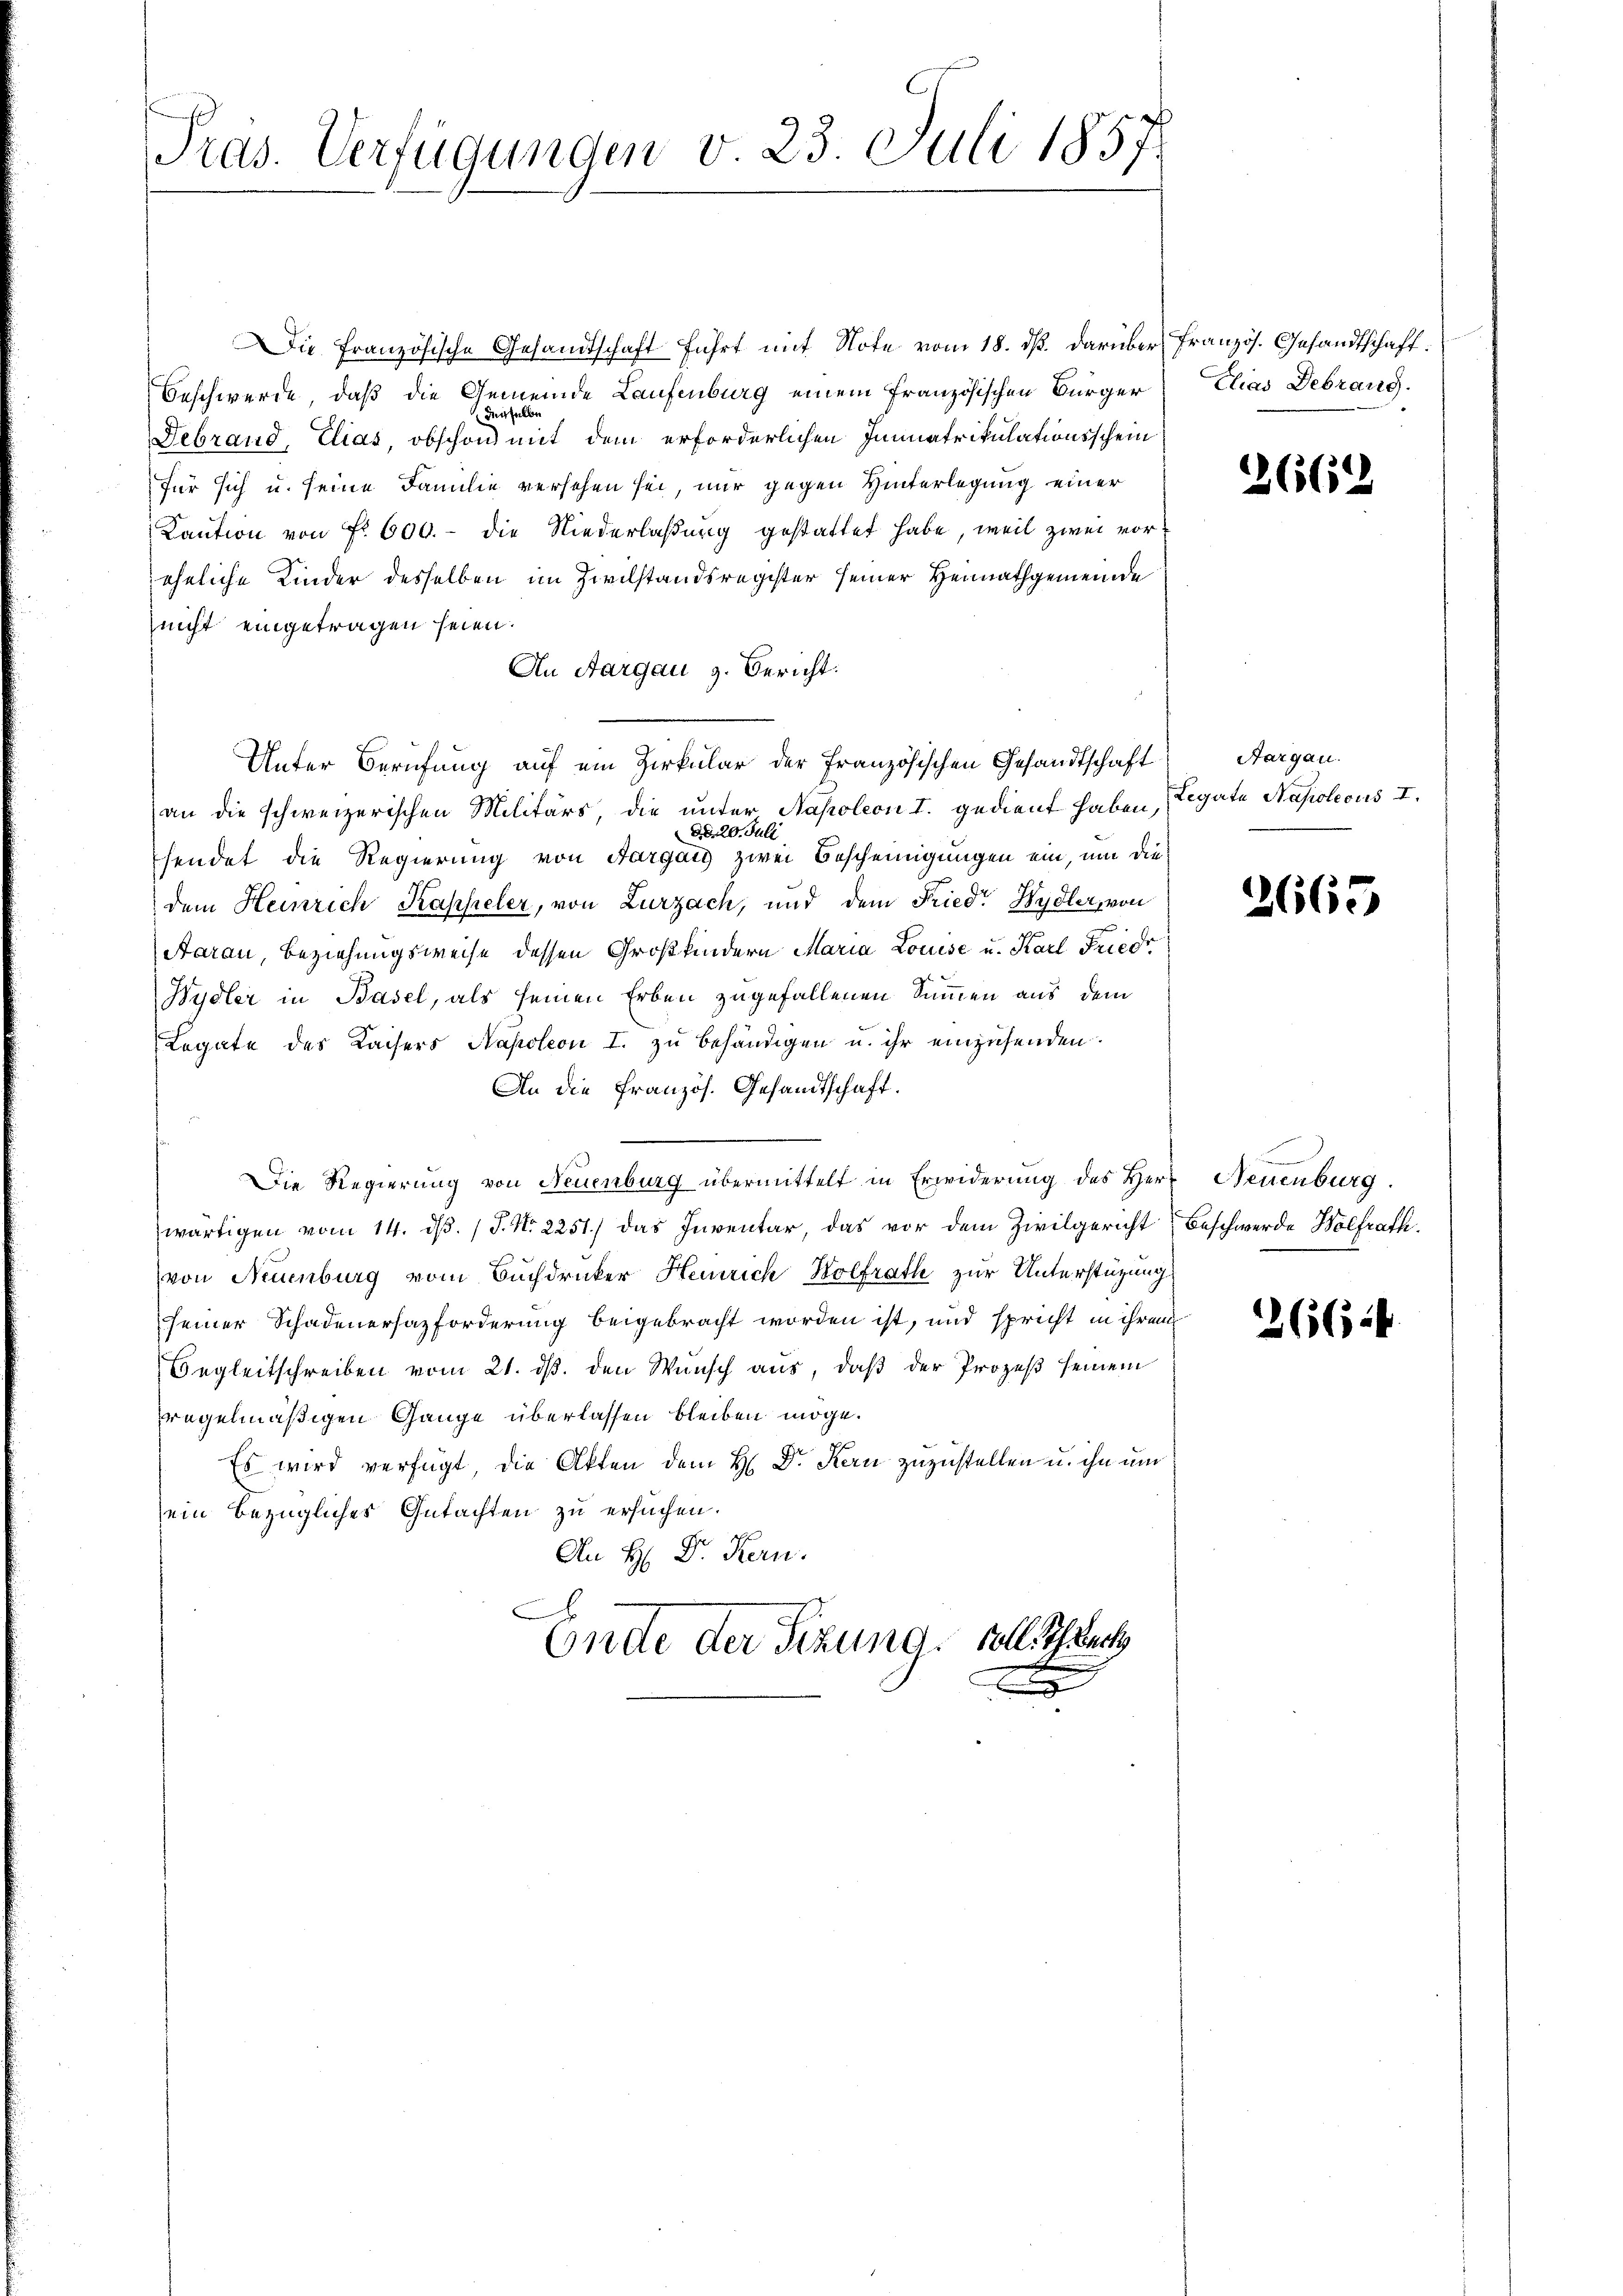
Präs. Verfügungen v. 23. Juli 1857

Die französische Gesandtschaft führt mit Note vom 18. dß. darüber französ. Gesandtschaft.
Beschwerde, daß die Gemeinde Laufenburg einem französischen Bürger
derselbe
Gebrand, Elias, obschon mit dem erforderlichen Immatrikulationsschein
für sich u. seine Familie versehen sei, nur gegen Hinterlegung einer
Kaution von Fr. 600. die Niederlaßung gestattet habe, weil zwei voreheliche Kinder desselben im Zivilstandsregister seiner Heimathgemeinde
nicht eingetragen seien.
An Aargau z. Bericht.
Unter Berufung auf ein Zirkular der Französischen Gesandtschaft Aargau.
an die schweizerischen Militärs, die unter Napoleon I. gedient haben,
dd. 20. Juli
sendet die Regierung von Aargau zwei Bescheinigungen ein, um diedem Heinrich Kappeler, von Zurzach, und dem Fried Wydler, von
Aarau, Beziehungsweise dessen Großkindern Maria Louise u. Karl Friedr
Wydler in Basel, als seinen Erben zugefallenen Summen aus dem
Legate des Kaisers Napoleon I. zu behändigen u. ihr einzusenden.
An die Französ. Gesandtschaft.
Die Regierung von Neuenburg übermittelt in Erwiderung des Herr Neuenburg.
wärtigen vom 14. d. J. No 2251) das Inventar, das vor dem Zivilgericht
von Neuenburg vom Buchdrucker Heinrich Wolfrath zur Unterstüzung
seiner Schadenersazforderung beigebracht worden ist, und spricht in ihrem
Begleitschreiben vom 21. ds. den Wunsch aus, daß der Prozeß seinem
regelmäßigen Gange überlassen bleiben möge.
Es wird verfügt, die Akten dem H: Dr. Kern zuzustellen u. ihn um
sein bezügliches Gutachten zu ersuchen.
An H: Dr. Kern.
E
Ende der Sizung, soll. Schwer

d

Elias Debrang.

2662

Legate Napoleons I.

3665

Beschwerde Wolfrath.

2664